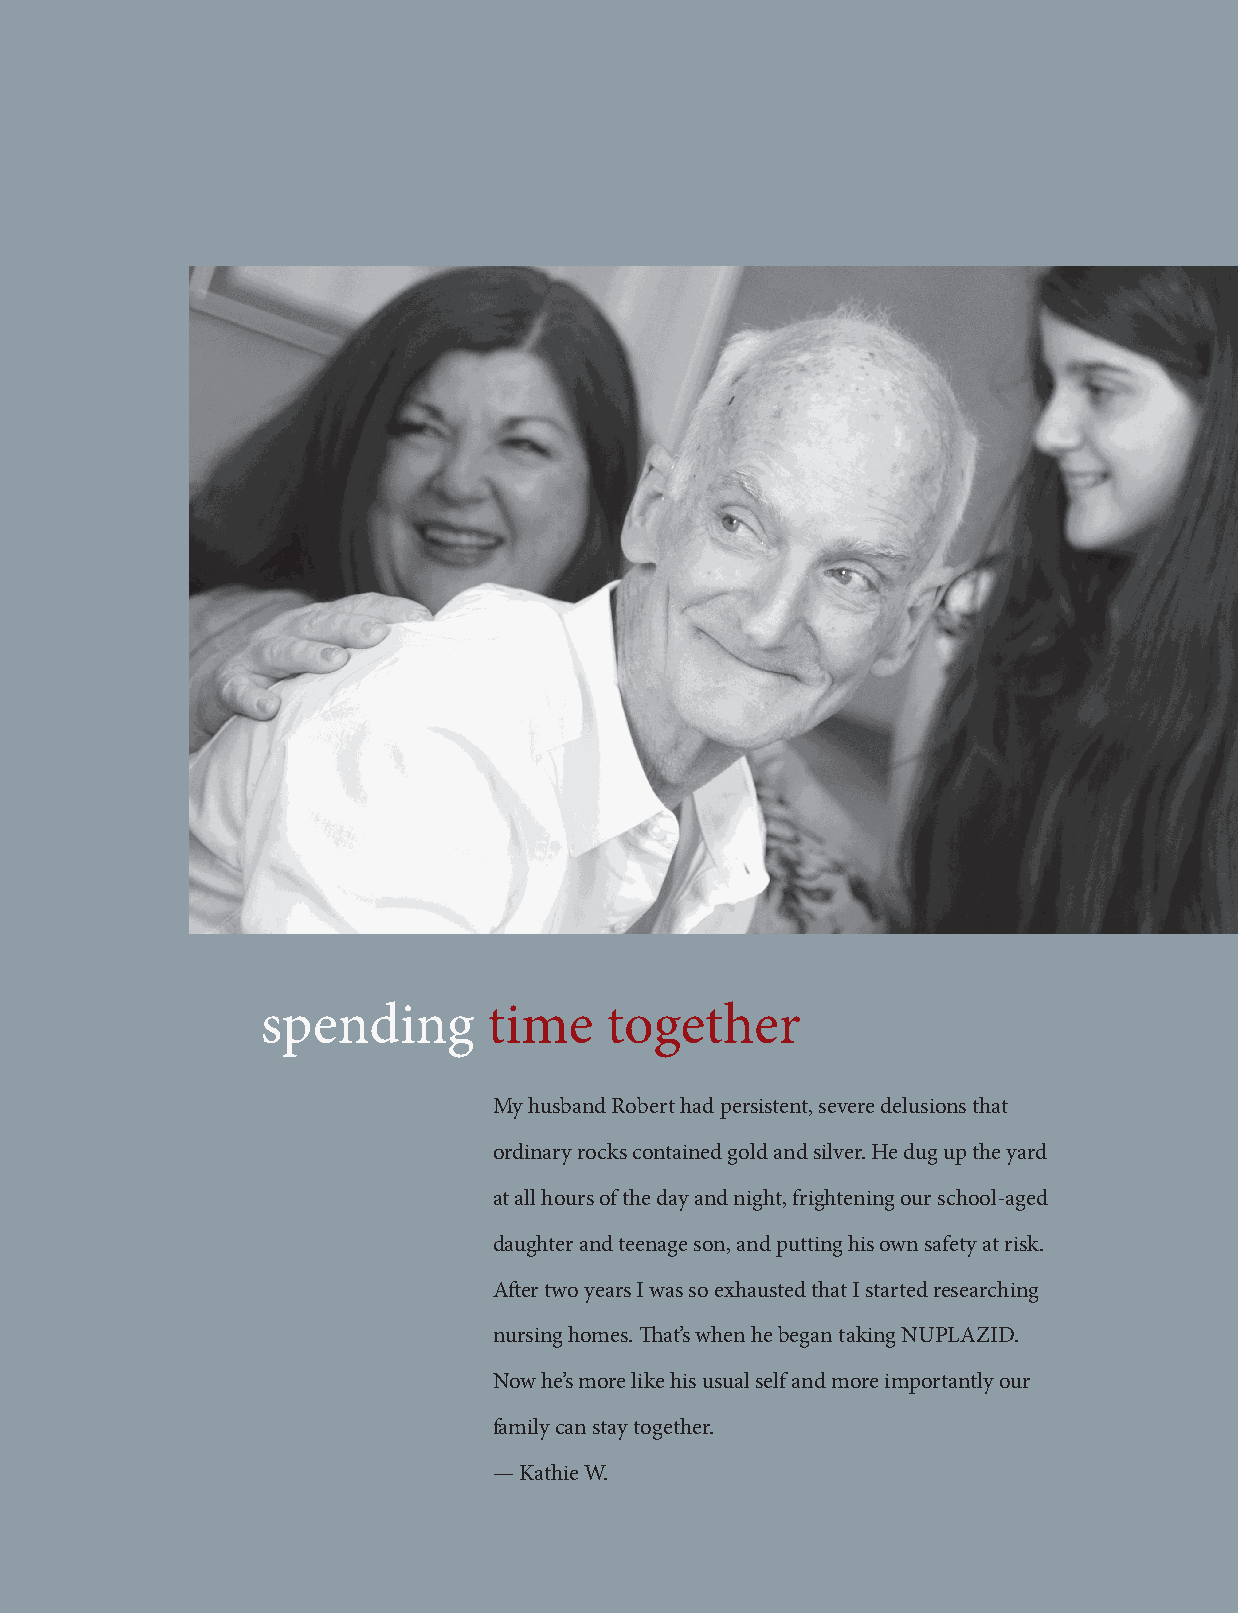
spending       time    together
 My husband Robert had persistent, severe delusions that
 ordinary rocks contained gold and silver. He dug up the yard
 at all hours of the day and night, frightening our school-aged
 daughter and teenage son, and putting his own safety at risk.
 After two years I was so exhausted that I started researching
 nursing homes. That’s when he began taking NUPLAZID.
 Now he’s more like his usual self and more importantly our
 family can stay together.
 — Kathie W.